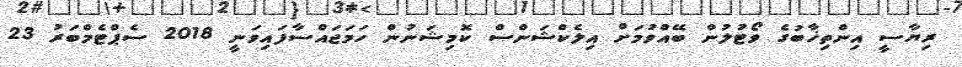
ރިޔާސީ އިންތިޚާބުގެ ވޯޓުލުން ބޭއްވުމަށް އިލެކްޝަންސް ކޮމިޝަނުން ހަމަޖައްސާފައިވަނީ 2018 ސެޕްޓެމްބަރު 23